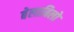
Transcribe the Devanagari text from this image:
बेलाबिलो